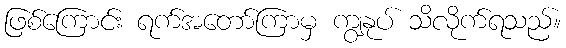
ဖြစ်ကြောင်း ရက်အတော်ကြာမှ ကျွနုပ် သိလိုက်ရသည်။